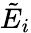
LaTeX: \tilde{E}_{i}